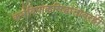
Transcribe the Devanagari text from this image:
कर्मविपाकसिद्धांतावरही